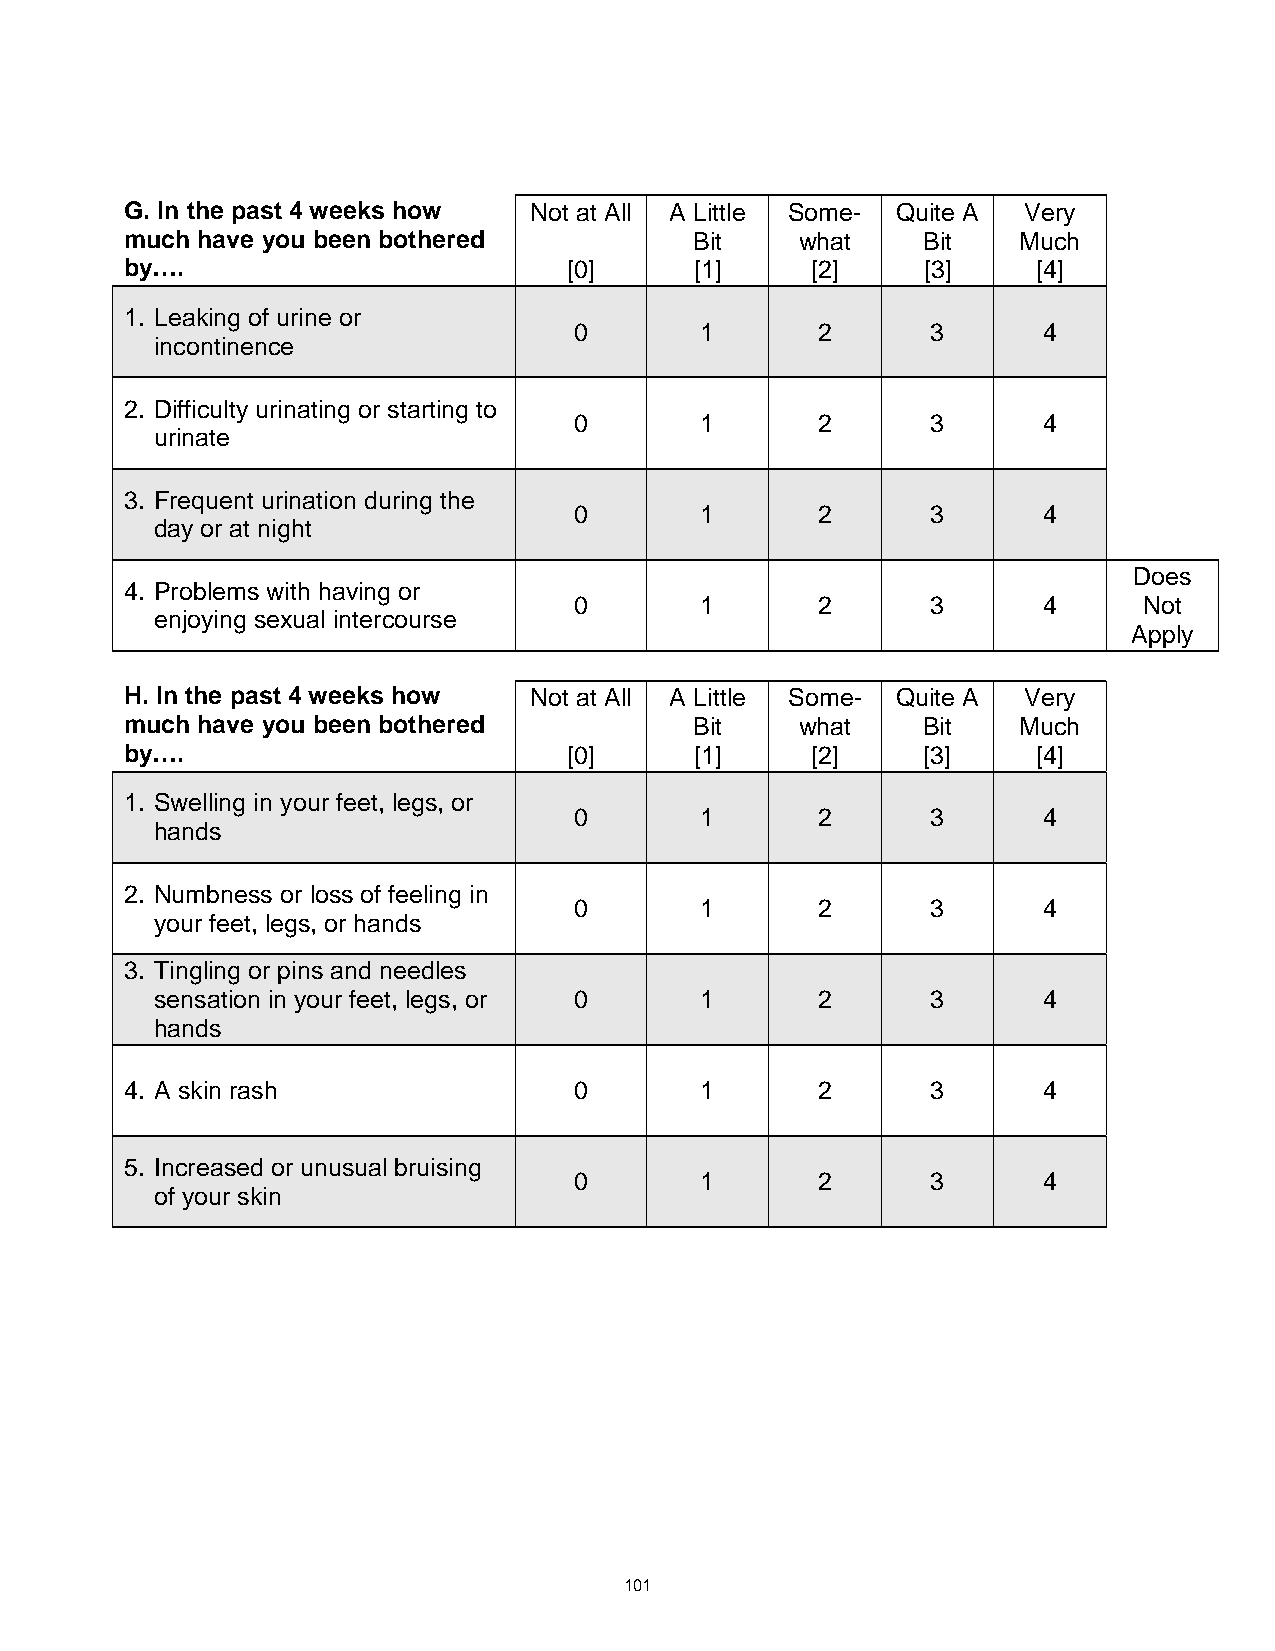
G. In the past 4 weeks how Not at All A Little Some­ Quite A Very
 much have you been bothered           Bit    what    Bit   Much
 by….                          [0]     [1]     [2]    [3]     [4]
 1. Leaking of urine or
 0       1       2       3      4
 incontinence
 2. Difficulty urinating or starting to
 0       1       2       3      4
 urinate
 3. Frequent urination during the
 0       1       2       3      4
 day or at night
 Does
 4. Problems with having or
 0       1       2       3      4      Not
 enjoying sexual intercourse
 Apply
 H. In the past 4 weeks how Not at All A Little Some­ Quite A Very
 much have you been bothered           Bit    what    Bit   Much
 by….                          [0]     [1]     [2]    [3]     [4]
 1. Swelling in your feet, legs, or
 0       1       2       3      4
 hands
 2. Numbness or loss of feeling in
 0       1       2       3      4
 your feet, legs, or hands
 3. Tingling or pins and needles
 sensation in your feet, legs, or 0  1       2       3      4
 hands
 4. A skin rash                0       1       2       3      4
 5. Increased or unusual bruising
 0       1       2       3      4
 of your skin
 101